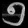
Digit: ၅